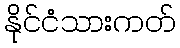
နိုင်ငံသားကတ်